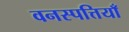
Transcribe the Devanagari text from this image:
वनस्पत्तियाँ